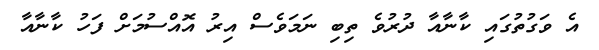
އެ ވަގުތުގައި ކާނާއާ ދުރުވެ ތިބި ނަމަވެސް އިރު އޮއްސުމަށް ފަހު ކާނާއާ